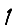
Digit: 1